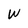
Character: W